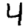
Digit: 4